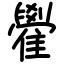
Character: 雤